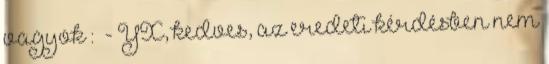
vagyok : - YX, kedves, az eredeti kérdésben nem